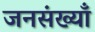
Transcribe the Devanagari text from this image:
जनसंख्याँ